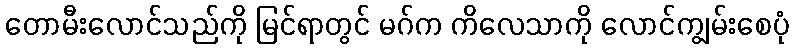
တောမီးလောင်သည်ကို မြင်ရာတွင် မဂ်က ကိလေသာကို လောင်ကျွမ်းစေပုံ